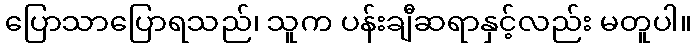
ပြောသာပြောရသည်၊ သူက ပန်းချီဆရာနှင့်လည်း မတူပါ။